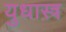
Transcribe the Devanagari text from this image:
युधास्त्र